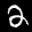
Label: 2